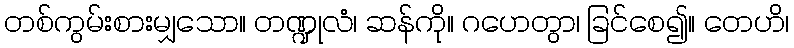
တစ်ကွမ်းစားမျှသော။ တဏ္ဍုလံ၊ ဆန်ကို။ ဂဟေတွာ၊ ခြင်စေ၍။ တေဟိ၊